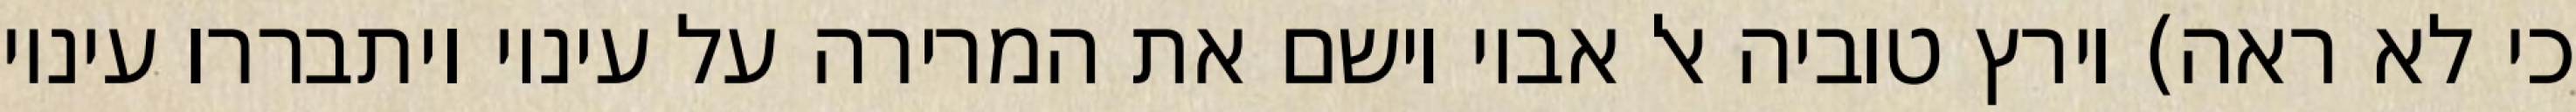
כי לא ראה) וירץ טוביה אל אביו וישם את המרירה על עיניו ויתבררו עיניו